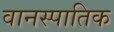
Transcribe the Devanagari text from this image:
वानस्पातिक